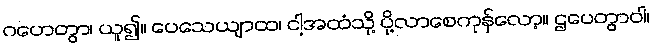
ဂဟေတွာ၊ ယူ၍။ ပေသေယျာထ၊ ငါ့အထံသို့ ပို့လာစေကုန်လော့။ ဌပေတွာဝါ၊